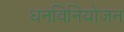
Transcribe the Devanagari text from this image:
धनविनियोजन